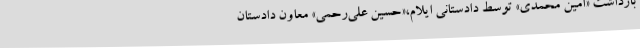
بازداشت «امین محمدی» توسط دادستانی ایلام،«حسین علی‌رحمی» معاون دادستان